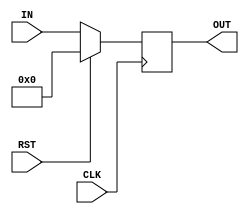
module reg_with_reset #(parameter W=4)(
	input [W-1:0] IN,
	input CLK,
	input RST, 
	output reg [W-1:0] OUT
);

always @(posedge CLK) begin
    if (RST)
      OUT <= 0; // Reset operation
    else
      OUT <= IN; // Write operation
   
end
endmodule